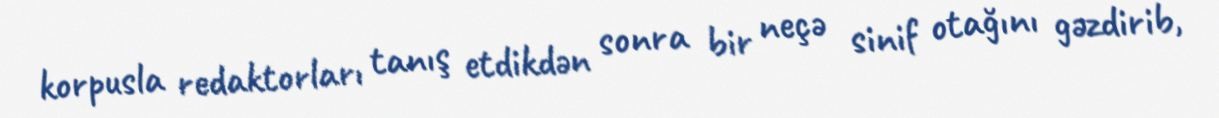
korpusla redaktorları tanış etdikdən sonra bir neçə sinif otağını gəzdirib,